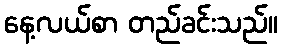
နေ့လယ်စာ တည်ခင်းသည်။